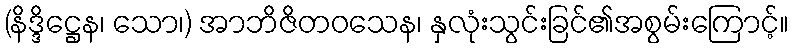
(နိဒ္ဒိဋ္ဌေန၊ သော၊) အာဘိဇိတဝသေန၊ နှလုံးသွင်းခြင်၏အစွမ်းကြောင့်။